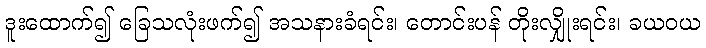
ဒူးထောက်၍ ခြေသလုံးဖက်၍ အသနားခံရင်း၊ တောင်းပန် တိုးလျှိုးရင်း၊ ခယဝယ